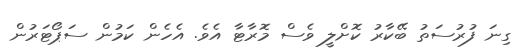
ގިނަ ފުރުސަތު ބޭކާރު ކޮށްލީ ވެސް މޮރާޓާ އެވެ. އެހެން ކަމުން ސަޕޯޓަރުން